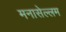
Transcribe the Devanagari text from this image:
मनासेल्लम